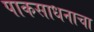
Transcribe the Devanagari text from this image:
पाकसाधनाचा